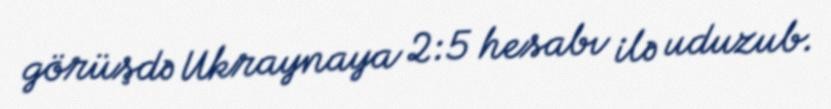
görüşdə Ukraynaya 2:5 hesabı ilə uduzub.